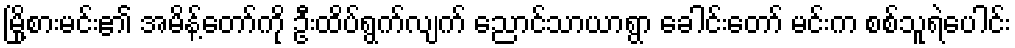
မြို့စားမင်း၏ အမိန့်တော်ကို ဦးထိပ်ရွက်လျက် ညောင်သာယာရွာ ခေါင်းတော် မင်းက စစ်သူရဲပေါင်း